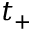
t _ { + }